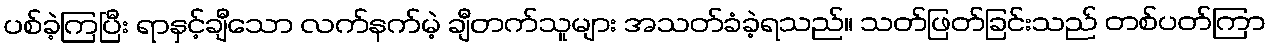
ပစ်ခဲ့ကြပြီး ရာနှင့်ချီသော လက်နက်မဲ့ ချီတက်သူများ အသတ်ခံခဲ့ရသည်။ သတ်ဖြတ်ခြင်းသည် တစ်ပတ်ကြာ